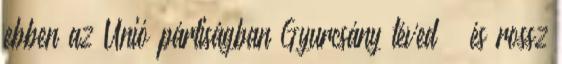
ebben az Unió pártiságban Gyurcsány téved – és rossz